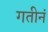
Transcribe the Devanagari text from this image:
गतीनं